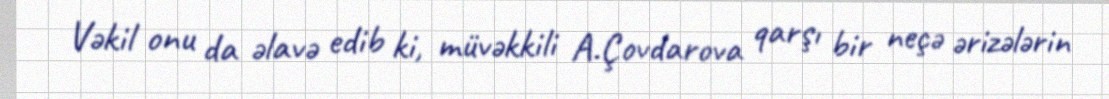
Vəkil onu da əlavə edib ki, müvəkkili A.Çovdarova qarşı bir neçə ərizələrin